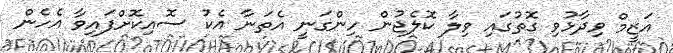
އަޒީމް ވިދާޅުވި ގޮތުގައި ވިލާ ކޮލެޖުން ހިންގަނީ އެތަނާ އެކު ސޮއިކޮށްފައިވާ އެހެން